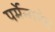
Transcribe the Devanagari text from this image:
पर्मेन्गनेट